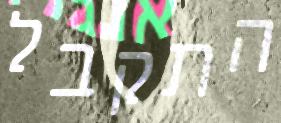
התקבל